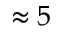
\approx 5